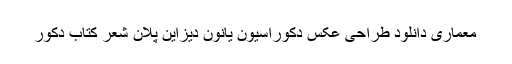
معماری دانلود طراحی عکس دکوراسیون یانون دیزاین پلان شعر کتاب دکور